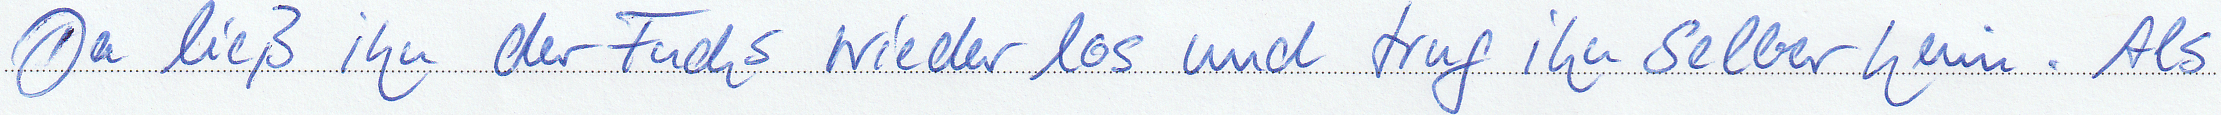
Da ließ ihn der Fuchs wieder los und trug ihn selber heim. Als